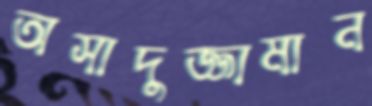
অসাদুজ্জামান